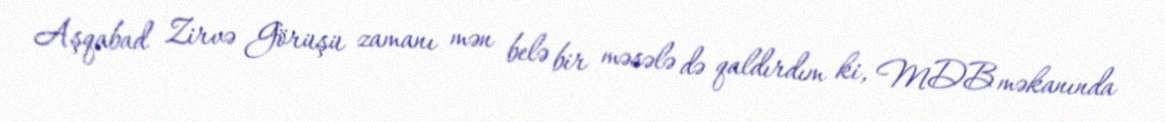
Aşqabad Zirvə Görüşü zamanı mən belə bir məsələ də qaldırdım ki, MDB məkanında